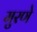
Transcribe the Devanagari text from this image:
मुरणे